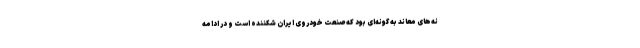
نه‌های معاند به گونه‌ای بود که صنعت خودروی ایران شکننده است و در ادامه